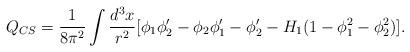
LaTeX: \begin{align*}Q_{CS}=\frac{1}{8\pi^2}\int\frac{d^3x}{r^2}[\phi_1\phi_2^{\prime}-\phi_2\phi_1^{\prime} -\phi_2^{\prime}-H_1(1-\phi_1^2-\phi_2^2)].\end{align*}